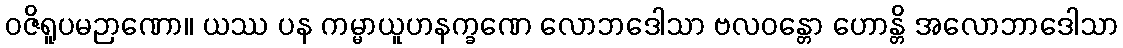
ဝဇိရူပမဉာဏော။ ယဿ ပန ကမ္မာယူဟနက္ခဏေ လောဘဒေါသာ ဗလဝန္တော ဟောန္တိ အလောဘာဒေါသာ